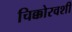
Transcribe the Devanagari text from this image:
चिक्कोरवशीं